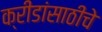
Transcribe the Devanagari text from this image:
क्रीडांसाठीचे